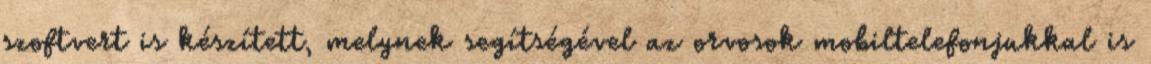
szoftvert is készített, melynek segítségével az orvosok mobiltelefonjukkal is